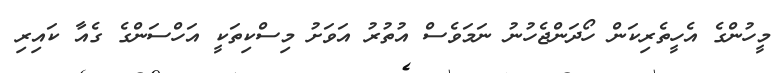
މީހުންގެ އެހީތެރިކަން ހޯދަންޖެހުނު ނަމަވެސް އުތުރު އަވަށު މިސްކިތަކީ އަހްސަންގެ ގެއާ ކައިރި